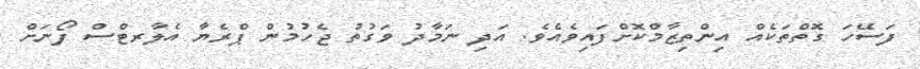
ފަސޭހަ ގޮތްތަކެއް އިންތިޒާމްކޮށްފައިވެއެވެ. އަދި ނަމާދު ވަގުތު ޖެހުމުން ޕްރެޔާ އެލާރޓްސް ފޯނަށް